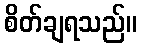
စိတ်ချရသည်။